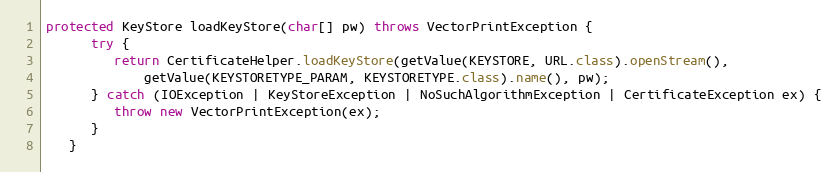
Language: Java
protected KeyStore loadKeyStore(char[] pw) throws VectorPrintException {
      try {
         return CertificateHelper.loadKeyStore(getValue(KEYSTORE, URL.class).openStream(),
             getValue(KEYSTORETYPE_PARAM, KEYSTORETYPE.class).name(), pw);
      } catch (IOException | KeyStoreException | NoSuchAlgorithmException | CertificateException ex) {
         throw new VectorPrintException(ex);
      }
   }